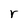
Character: r